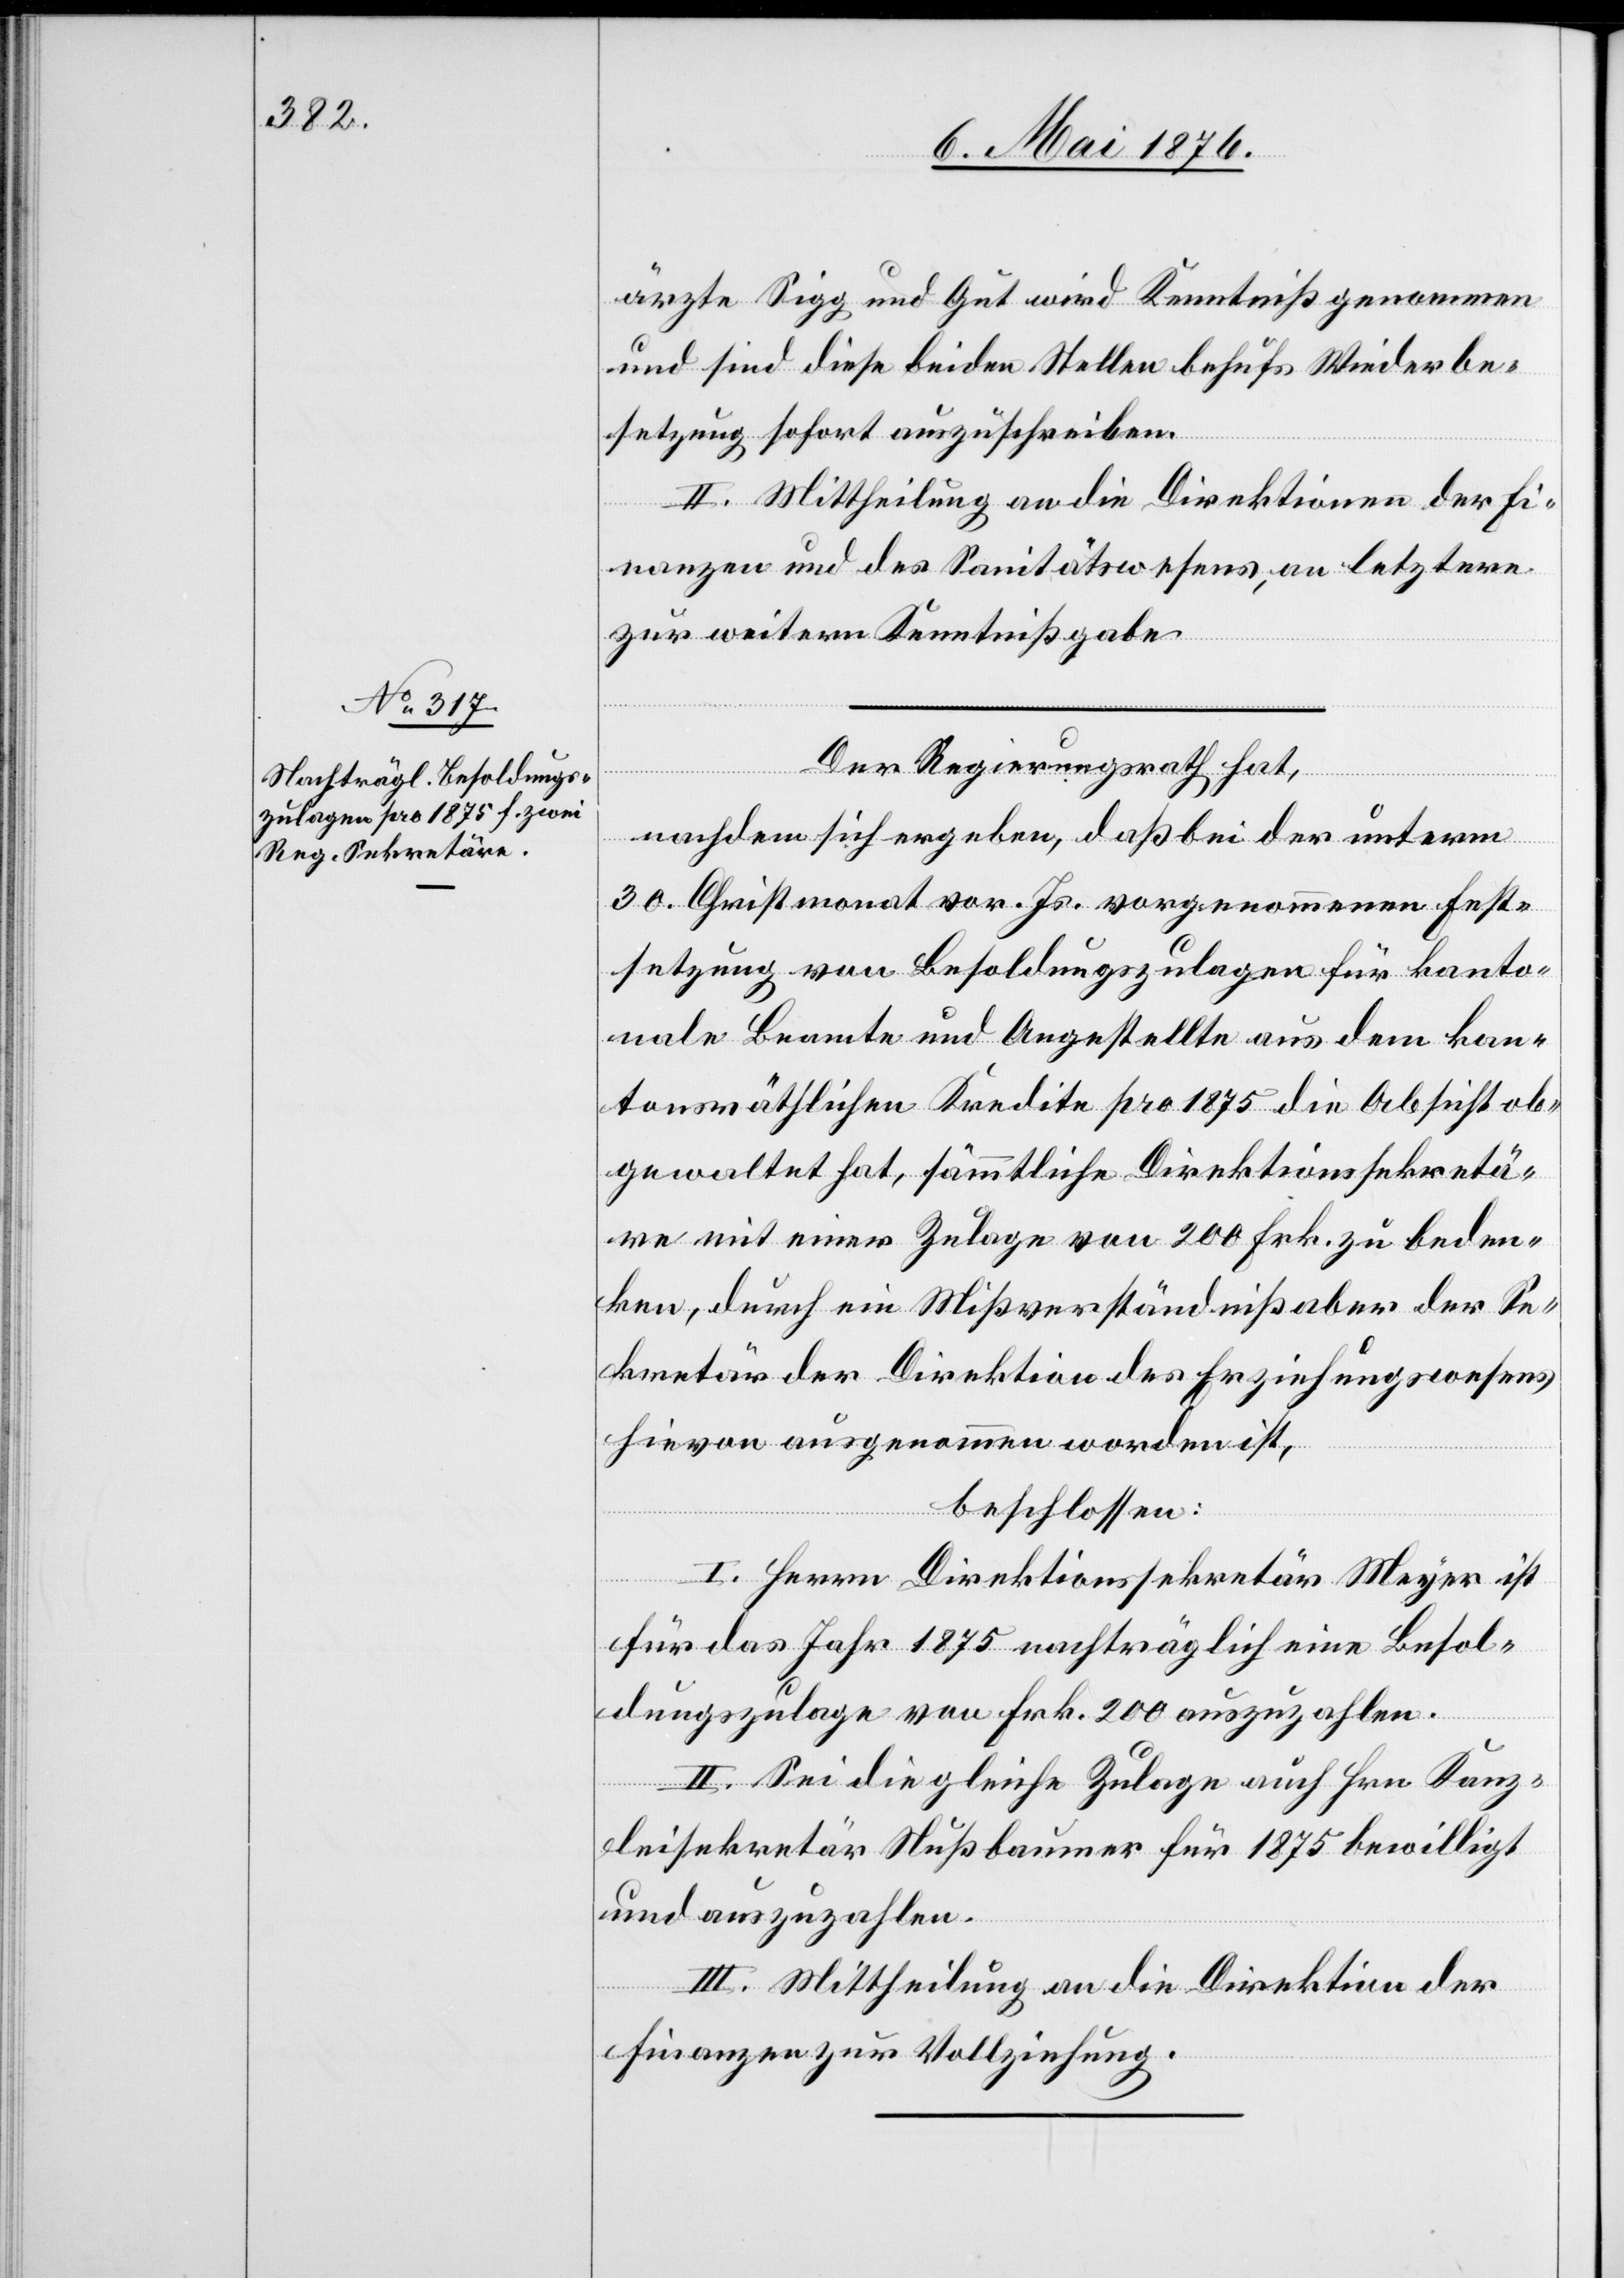
ärzte Sigg und Gut wird Kenntniß genommen
und sind diese beiden Stellen behufs Wiederbe¬
setzung sofort auszuschreiben.
II. Mittheilung an die Direktionen der Fi¬
nanzen und des Sanitätswesens, an letztere
zur weitern Kenntnißgabe.
Der Regierungsrath hat,
nachdem sich ergeben, daß bei der unterm
30. Christmonat vor. Js. vorgenommenen Fest¬
setzung von Besoldungszulagen für kanto¬
nale Beamte und Angestellte aus dem kan¬
tonsräthlichen Kredite pro 1875 die Absicht ob¬
gewaltet hat, sämmtliche Direktionssekretä¬
re mit einer Zulage von 200 Frk. zu beden¬
ken, durch ein Mißverständniß aber der Se¬
kretär der Direktion des Erziehungswesens
hievon ausgenommen worden ist,
beschlossen:
I. Herrn Direktionssekretär Meyer ist
für das Jahr 1875 nachträglich eine Besol¬
dungszulage von Frk. 200 auszuzahlen.
II. Sei die gleiche Zulage auch Hrn[.] Kanz¬
leisekretär Nußbaumer für 1875 bewilligt
und auszuzahlen.
III. Mittheilung an die Direktion der
Finanzen zur Vollziehung.